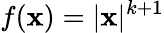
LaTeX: f(\mathbf{x})=|\mathbf{x}|^{k+1}